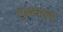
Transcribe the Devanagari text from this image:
मुंछवाला